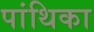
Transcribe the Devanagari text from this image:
पांथिका